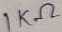
Text: 1KΩ